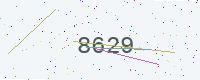
Text: 8629